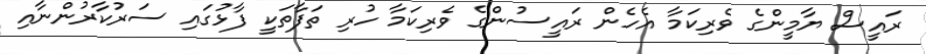
ރައީސް ޔާމީންގެ ވެރިކަމާ އެހެން ރައީސުންގެ ވެރިކަމާ ހުރި ތަފާތަކީ ފާޅުގައި ސަރުކާރުންނާއި